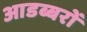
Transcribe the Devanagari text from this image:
आडब्बरों